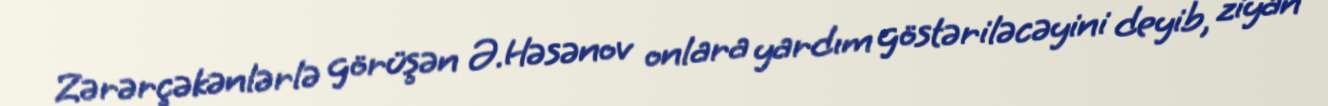
Zərərçəkənlərlə görüşən Ə.Həsənov onlara yardım göstəriləcəyini deyib, ziyan